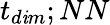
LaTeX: t_{d\mathit{i}m};NN